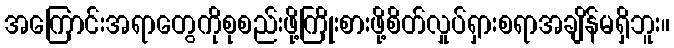
အကြောင်းအရာတွေကိုစုစည်းဖို့ကြိုးစားဖို့စိတ်လှုပ်ရှားစရာအချိန်မရှိဘူး။